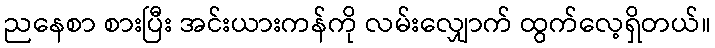
ညနေစာ စားပြီး အင်းယားကန်ကို လမ်းလျှောက် ထွက်လေ့ရှိတယ်။